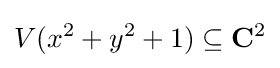
V(x^{2}+y^{2}+1)\subseteq \mathbf {C} ^{2}